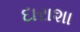
દારાશા